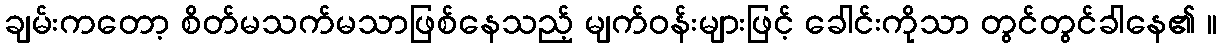
ချမ်းကတော့ စိတ်မသက်မသာဖြစ်နေသည့် မျက်ဝန်းများဖြင့် ခေါင်းကိုသာ တွင်တွင်ခါနေ၏ ။